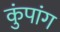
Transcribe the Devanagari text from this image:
कुंपांग